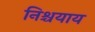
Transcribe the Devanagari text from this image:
निश्चयाय